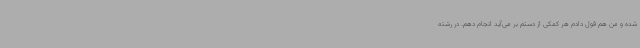
شده و من هم قول دادم هر کمکی از دستم بر می‌آید انجام دهم. در رشته